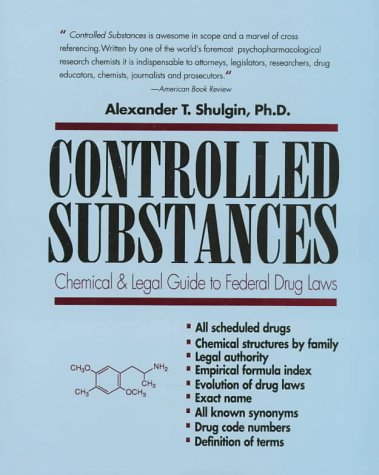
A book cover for Controlled Substances: A Chemical and Legal Guide to the Federal Drugs Laws; Alexander T. Shulgin; Medical Books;